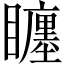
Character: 𥌬